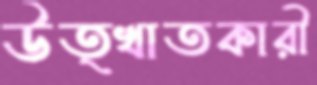
উত্খাতকারী